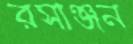
রসাঞ্জন